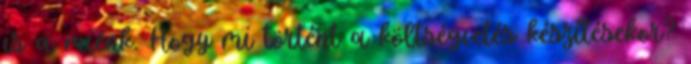
is a miénk. Hogy mi történt a költségvetés készítésekor?